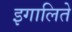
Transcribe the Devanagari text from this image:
इगालिते